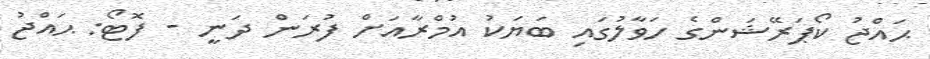
ޙައްޖު ކޯޕަރޭޝަންގެ ހަވާލުގައި ބަޔަކު އުމްރާއަށް ފުރަން ދަނީ - ފޮޓޯ: ޙައްޖު